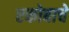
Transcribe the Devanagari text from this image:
एकोबाचे